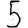
Digit: 5